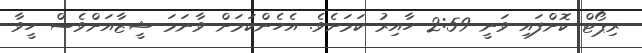
ރިޕޯޓް ކޮށްފައި ވަނީ 2:59 ހާއިރު ކަމަށެވެ. އެހެންކަމަށް ވާނަމަ ޝީޒާއަށްވެސް ހީވާ